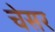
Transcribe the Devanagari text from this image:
चेसर